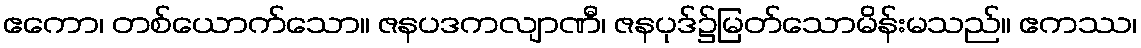
ဧကော၊ တစ်ယောက်သော။ ဇနပဒကလျာဏီ၊ ဇနပုဒ်၌မြတ်သောမိန်းမသည်။ ဧကဿ၊